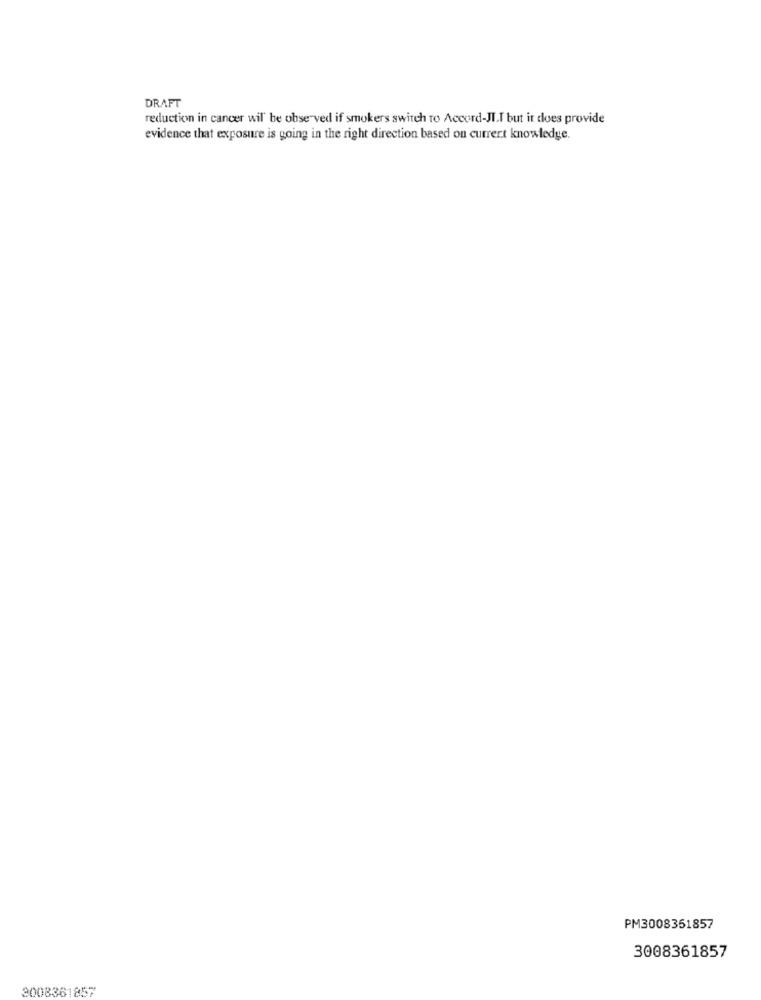
DRAFT
reduction in cancer wil' be observed if smokers switch to Accord-JI.T but it does provide
evidence that exposure is going in the right direction based on current knowledge.
PM3008351857
3008361857
3008361857